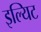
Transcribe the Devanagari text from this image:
इल्यिट